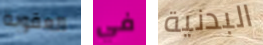
العقوبة في البدنية